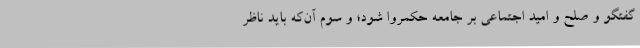
گفتگو و صلح و امید اجتماعی بر جامعه حکمروا شود؛ و سوم آن‌که باید ناظر